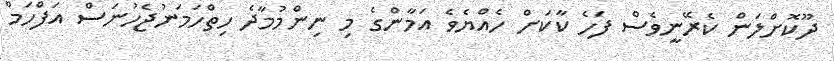
ދޫކޮށްލަން ކެރޭނީވެސް ފަހެ ކާކަށް ހެއްޔެވެ އަމާންގެ މި ނިންމުމާދެ ހިތްހަމަނުޖެހުނަސް އަފްހަމް